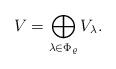
LaTeX: \begin{align*} V=\bigoplus_{\lambda\in\Phi_\varrho}V_\lambda. \end{align*}